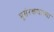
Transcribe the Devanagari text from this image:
भूसंरक्षणाच्या